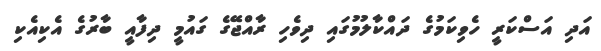
އަދި އަސްކަރީ ހެވިކަމުގެ ދައްކާލުމުގައި ދިވެހި ރާއްޖޭގެ ގައުމީ ދިފާއީ ބާރުގެ އެކިއެކި